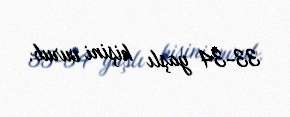
33-34 yaşlı kişini vurub.